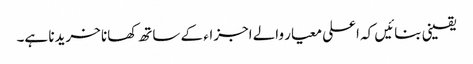
یقینی بنائیں کہ اعلی معیار والے اجزاء کے ساتھ کھانا خریدنا ہے۔